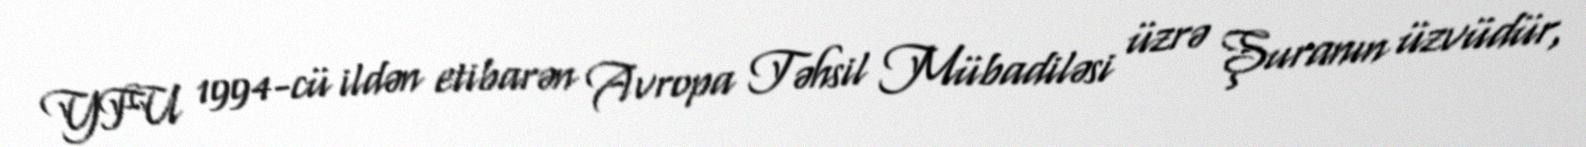
YFU 1994-cü ildən etibarən Avropa Təhsil Mübadiləsi üzrə Şuranın üzvüdür,